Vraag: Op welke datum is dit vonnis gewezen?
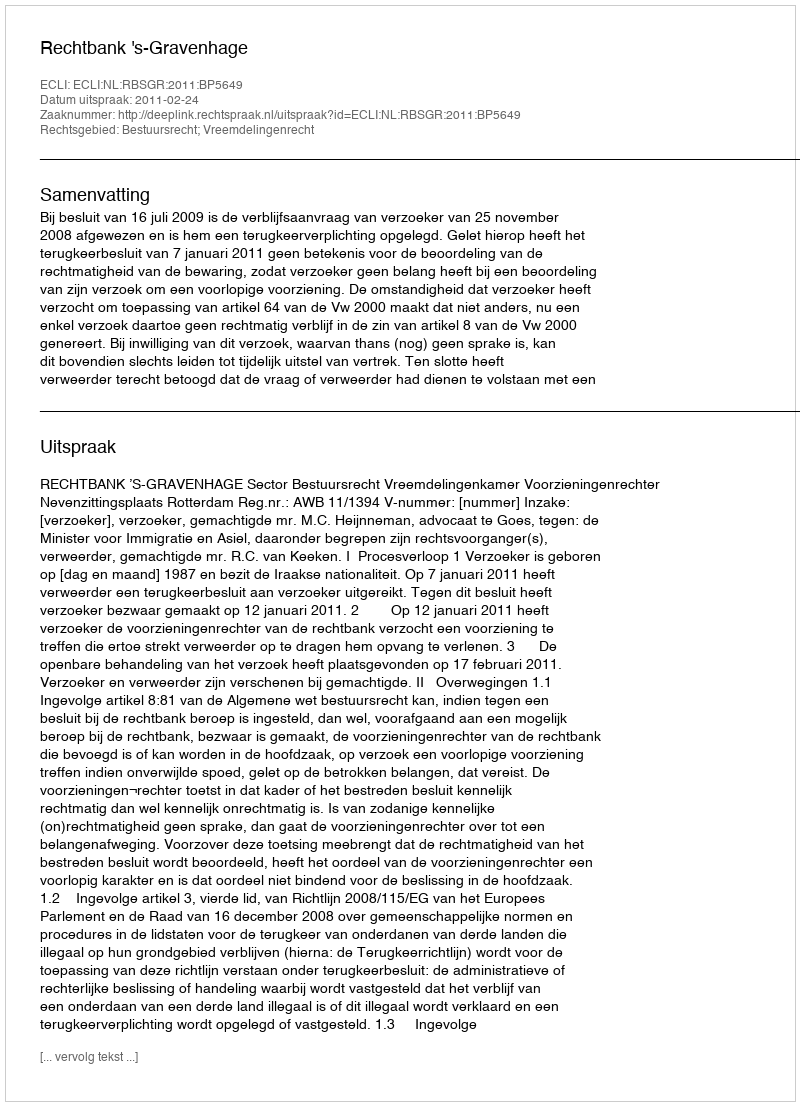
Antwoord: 2011-02-24